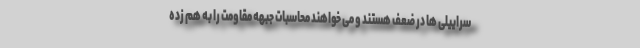
سراییلی ها در ضعف هستند و می خواهند محاسبات جبهه مقاومت را به هم زده